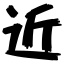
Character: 近